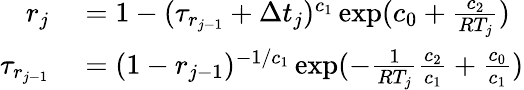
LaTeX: \begin{array}{rl}{r_{j}}&{{}=1-(\tau_{r_{j-1}}+\Delta t_{j})^{c_{1}}\exp(c_{0}+\frac{c_{2}}{RT_{j}})}\\ {\tau_{r_{j-1}}}&{{}=(1-r_{j-1})^{-1/c_{1}}\exp(-\frac{1}{RT_{j}}\frac{c_{2}}{c_{1}}+\frac{c_{0}}{c_{1}})}\end{array}